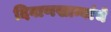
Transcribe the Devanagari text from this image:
दिवाणखान्यांचे